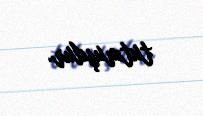
tutmuşdur.